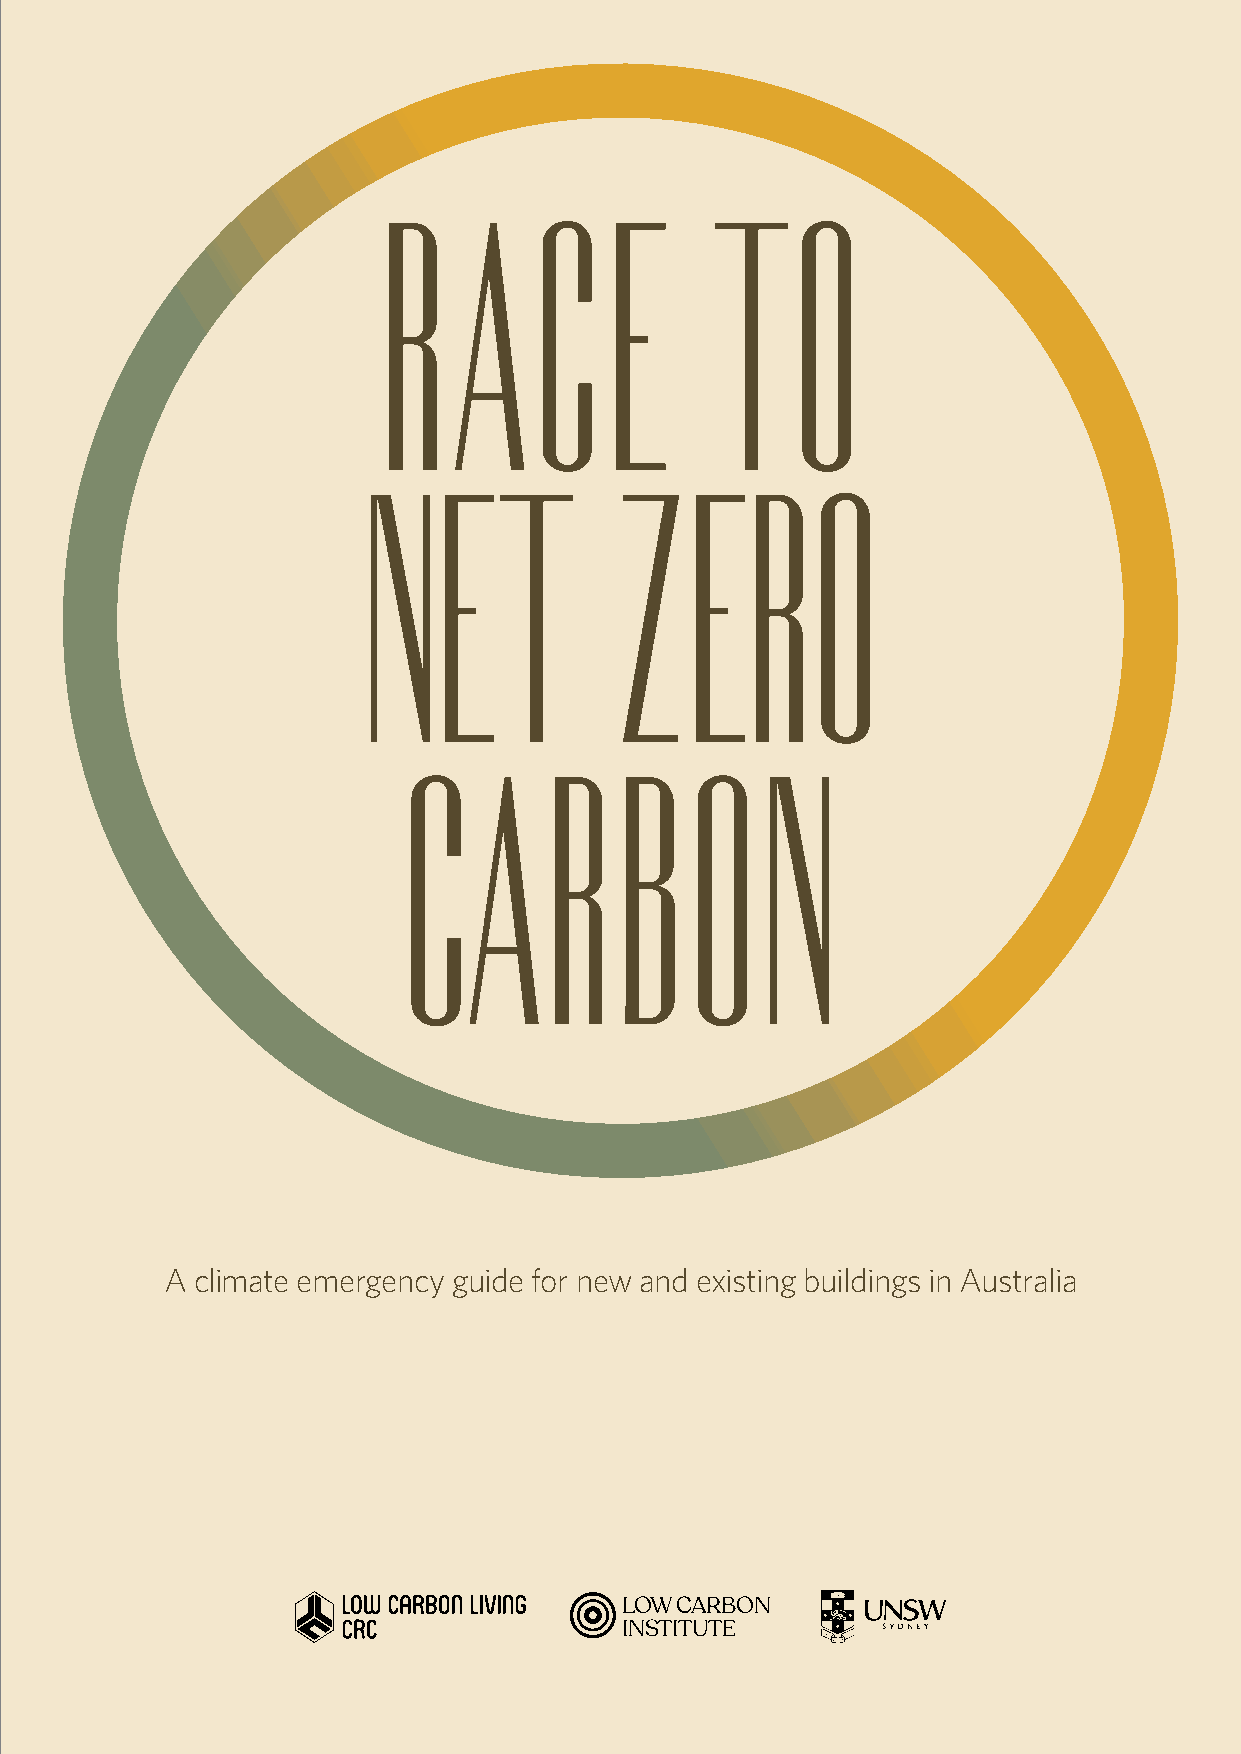
RACE                  TO
 NET              ZERO
 CARBON
 A climate emergency guide for new and existing buildings in Australia
 LOW CARBON
 INSTITUTE